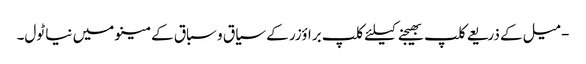
- میل کے ذریعے کلپ بھیجنے کیلئے کلپ براؤزر کے سیاق و سباق کے مینو میں نیا ٹول۔